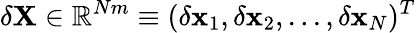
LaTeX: \delta{\mathbf{X}}\in\mathbb{R}^{Nm}\equiv(\delta{\mathbf{x}}_{1},\delta{\mathbf{x}}_{2},...,\delta{\mathbf{x}_{N}})^{T}